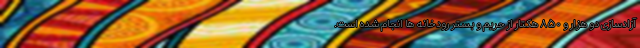
آزادسازی دو هزار و ۸۵۰ هکتار از حریم و بستر رودخانه ها انجام شده است.